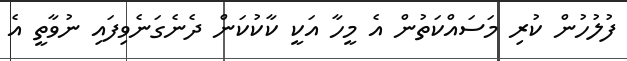
ފުލުހުން ކުރި މަސައްކަތުން އެ މީހާ އަކީ ކާކުކަން ދެނެގަނެވިފައި ނުވާތީ އެ